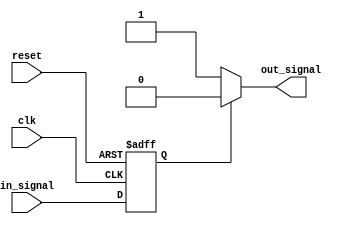
module nor_gate_delay (
    input wire clk,
    input wire reset,
    input wire in_signal,
    output reg out_signal
);

reg delayed_signal;

always @(posedge clk or posedge reset) begin
    if (reset) begin
        delayed_signal <= 1'b0;
    end else begin
        delayed_signal <= in_signal;
    end
end

always @* begin
    if (delayed_signal == 1'b0) begin
        out_signal <= 1'b1;
    end else begin
        out_signal <= 1'b0;
    end
end

endmodule